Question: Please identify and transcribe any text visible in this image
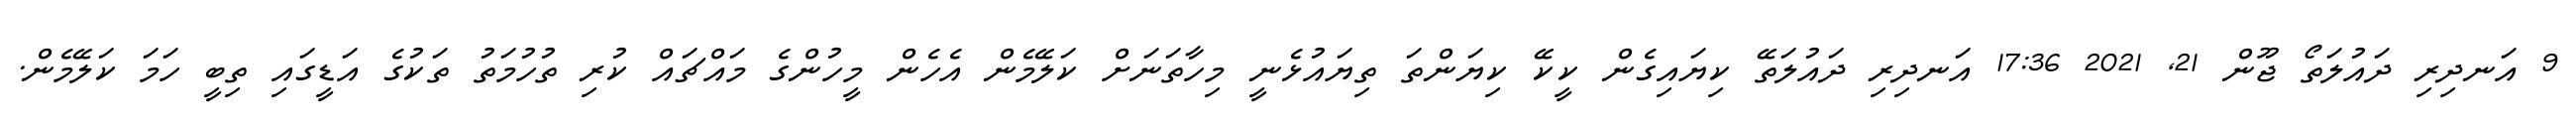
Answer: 9 އަނދިރި ދައުލަތޯ ޖޫން 21, 2021 17:36 އަނދިރި ދައުލަތޭ ކިޔައިގެން ކީކޭ ކިޔަންތަ ތިޔައުޅެނީ މިހާތަނަށް ކަލޭމެން އެހެން މީހުންގެ މައްޗައް ކުރި ތުހުމަތު ތަކުގެ އަޑީގައި ތިބީ ހަމަ ކަލޭމެން.